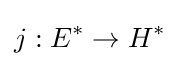
j:E^{*}\to H^{*}